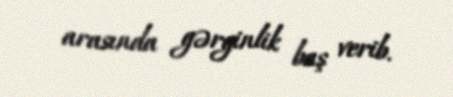
arasında gərginlik baş verib.